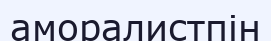
аморалистпін